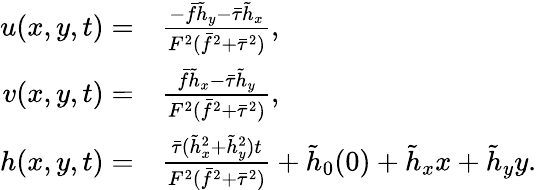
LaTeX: \begin{array}{rl}{u(x,y,t)=}&{\frac{-\bar{f}\tilde{h}_{y}-\bar{\tau}\tilde{h}_{x}}{F^{2}(\bar{f}^{2}+\bar{\tau}^{2})},}\\ {v(x,y,t)=}&{\frac{\bar{f}\tilde{h}_{x}-\bar{\tau}\tilde{h}_{y}}{F^{2}(\bar{f}^{2}+\bar{\tau}^{2})},}\\ {h(x,y,t)=}&{\frac{\bar{\tau}(\tilde{h}_{x}^{2}+\tilde{h}_{y}^{2})t}{F^{2}(\bar{f}^{2}+\bar{\tau}^{2})}+\tilde{h}_{0}(0)+\tilde{h}_{x}x+\tilde{h}_{y}y.}\end{array}